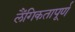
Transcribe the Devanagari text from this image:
लैंगिकतापूर्ण